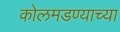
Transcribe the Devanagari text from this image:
कोलमडण्याच्या